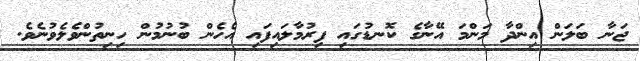
ޖަނާ ބަލަން އިންދާ މަންމަ އޭނާގެ ކޮނޑުގައި ފިރުމާލައިފައި އެހެން ބުނުމުން ހިނިތުންވެލެވުނެވެ.